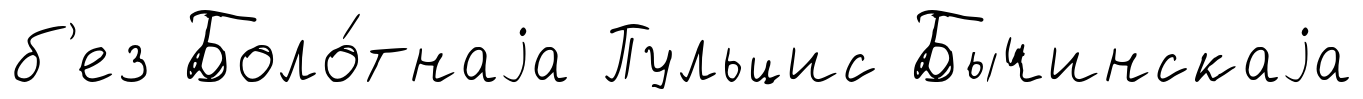
б'ез Боло́тнаjа Пульцис Бычинскаjа